Indian journal of veterinary science and animal husbandry - Volume 3,
Year: 1933
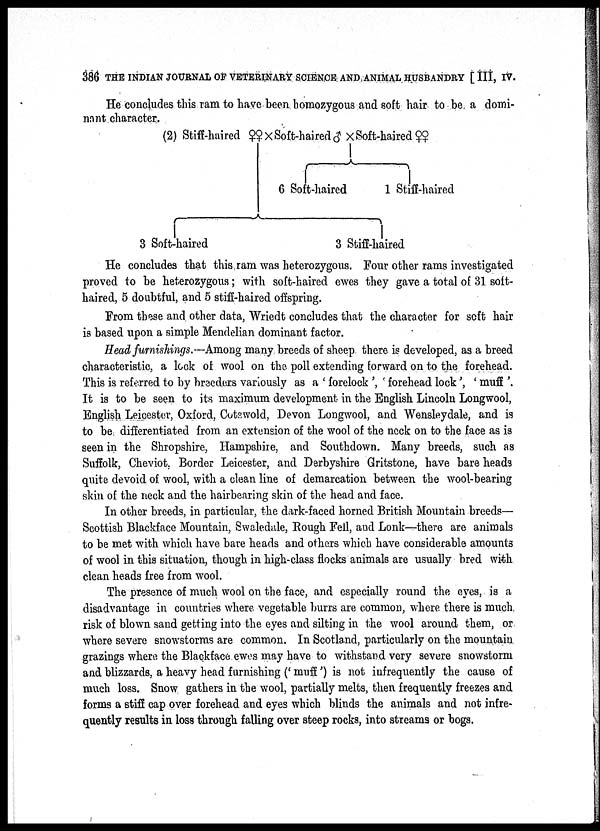
386 THE INDIAN JOURNAL OF VETERINARY SCIENCE AND ANIMAL HUSBANDRY [ III, IV.
He concludes this ram to have been homozygous and soft hair to be a domi-
nant character.
(2) Stiff-haired ♀♀ × Soft-haired ♂ × Soft-haired ♀♀
3 Soft-haired
3 Stiff-haired
6 Soft-haired
1 Stiff-haired
He concludes that this ram was heterozygous. Four other rams investigated
proved to be heterozygous; with soft-haired ewes they gave a total of 31 soft-
haired, 5 doubtful, and 5 stiff-haired offspring.
From these and other data, Wriedt concludes that the character for soft hair
is based upon a simple Mendelian dominant factor.
Head furnishings.—Among many breeds of sheep there is developed, as a breed
characteristic, a lock of wool on the poll extending forward on to the forehead.
This is referred to by breeders variously as a ' forelock ', forehead lock', ' muff '.
It is to be seen to its maximum development in the English Lincoln Longwool,
English Leicester, Oxford, Cotswold, Devon Longwool, and Wensleydale, and is
to be differentiated from an extension of the wool of the neck on to the face as is
seen in the Shropshire, Hampshire, and Southdown. Many breeds, such as
Suffolk, Cheviot, Border Leicester, and Derbyshire Gritstone, have bare heads
quite devoid of wool, with a clean line of demarcation between the wool-bearing
skin of the neck and the hairbearing skin of the head and face.
In other breeds, in particular, the dark-faced horned British Mountain breeds—
Scottish Blackface Mountain, Swaledale, Rough Fell, and Lonk—there are animals
to be met with which have bare heads and others which have considerable amounts
of wool in this situation, though in high-class flocks animals are usually bred with
clean heads free from wool.
The presence of much wool on the face, and especially round the eyes, is a
disadvantage in countries where vegetable burrs are common, where there is much
risk of blown sand getting into the eyes and silting in the wool around them, or
where severe snowstorms are common. In Scotland, particularly on the mountain
grazings where the Blackface ewes may have to withstand very severe snowstorm
and blizzards, a heavy head furnishing (' muff ') is not infrequently the cause of
much loss. Snow gathers in the wool, partially melts, then frequently freezes and
forms a stiff cap over forehead and eyes which blinds the animals and not infre
quently results in loss through falling over steep rocks, into streams or bogs.